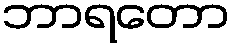
ဘာရတော